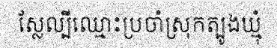
ស្លែល្បីឈ្មោះប្រចាំស្រុកត្បូងឃ្មុំ